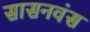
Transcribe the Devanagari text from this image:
सासनवंस